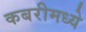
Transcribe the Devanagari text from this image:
कबरीमध्ये